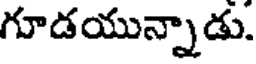
గూడయున్నాడు.